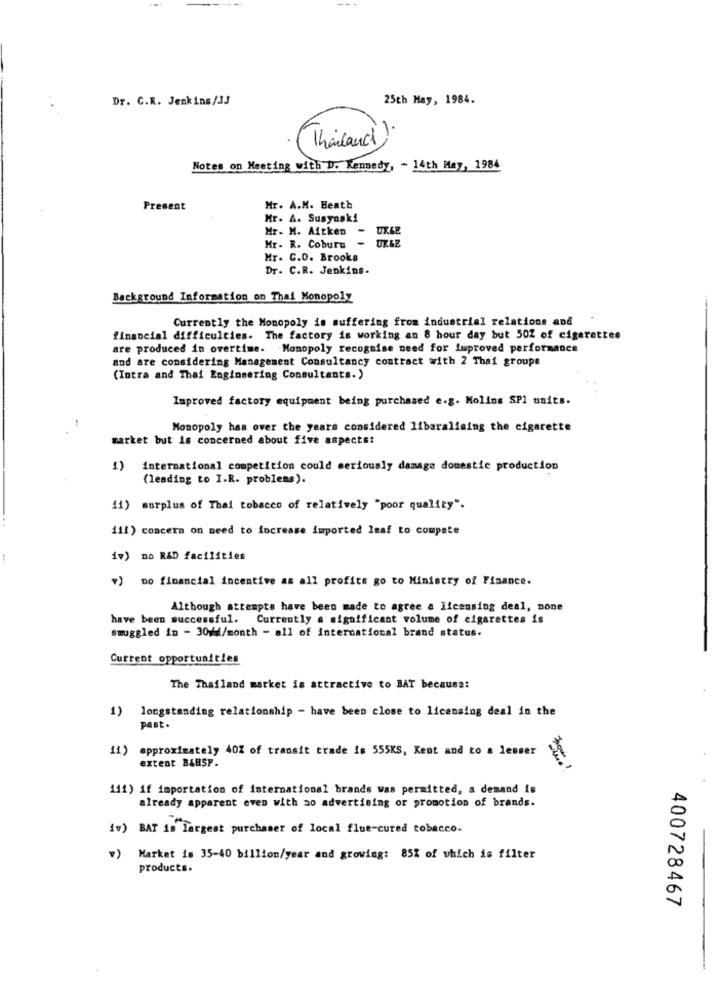
Dr. C.R. Jenkins/JJ
25th May, 1984.
Thailand)
Notes on Meeting with D. Kennedy, - 14th May, 1984
Present
Mr. A.M. Heath
Hr. A. Susyoski
Mr. M. Aitken
UXSE
OK&
Hr- R. Coburu
Mr. C.D. Brooks
Dr. C.R. Jenkins.
Background Information on Thai Monopoly
Currently the Monopoly is suffering from industrial relations and
financial difficulties. The factory is working an 8 hour day but 50Z of cigarettes
are produced in overtime. Monopoly recognise need for improved performance
and are considering Management Consultancy contract with 2 Thai groupe
(Intra and Thai Engineering Consultants.)
Improved factory equipment being purchased e.g. Molins SPI units.
-
Monopoly has over the years considered libaralising the cigarette
market but is concerned about five aspects:
1)
International competition could seriously damage domestic production
(leading to I.R. problems).
11) surplus of Thai tobacco of relatively "poor quality".
111) concern on need to increase imported leaf to compete
1v) no R&D facilities
v) no financial incentive as all profits go to Ministry of Finance.
Although attempts have been made to agree a licensing deal, none
have been successful. Currently a significant volume of cigarettes is
Smuggled in - 30gd/month - all of international brand status.
Current opportunities
The Thailand market is attractive to BAT because:
1) longstanding relationship - have been close to licensing deal in the
past.
11) approximately 40% of transit trade is 555KS, Kent and to a lesser
extent B&BSP.
111) if importation of international brands was permitted, a demand is
already apparent even with ao advertising or promotion of brands.
iv) BAT is Largest purchaser of local flue-cured tobacco.
v)
Market is 35-40 billion/year and growing: 85% of which is filter
products.
400728467